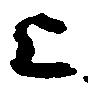
上